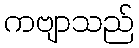
ကဗျာသည်